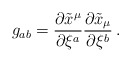
\begin{align*}g_{ab} = \frac{\partial \tilde x^\mu}{\partial \xi^a}\frac{\partial \tilde x_\mu}{\partial \xi^b} \,.\end{align*}